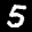
Label: 5